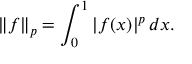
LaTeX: \| f \| _ { p } = \int _ { 0 } ^ { 1 } | f ( x ) | ^ { p } \, d x .